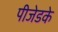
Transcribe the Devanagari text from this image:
पीजेडके